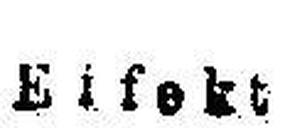
Effekt